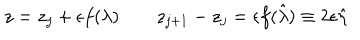
z = z _ { j } + \epsilon f ( \lambda ) \qquad z _ { j + 1 } - z _ { j } = \epsilon f ( \hat { \lambda } ) \equiv 2 \epsilon \hat { \eta }